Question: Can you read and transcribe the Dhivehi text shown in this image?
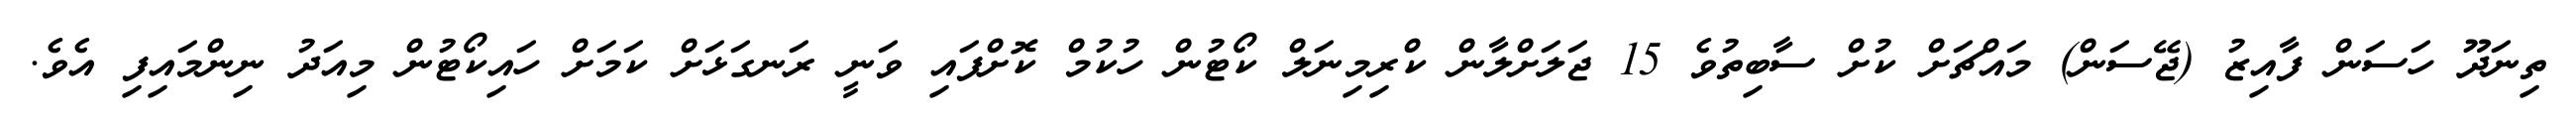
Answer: ތިނަދޫ ހަސަން ފާއިޒު (ޖޭސަން) މައްޗަށް ކުށް ސާބިތުވެ 15 ޖަލަށްލާން ކްރިމިނަލް ކޯޓުން ހުކުމް ކޮށްފައި ވަނީ ރަނގަޅަށް ކަމަށް ހައިކޯޓުން މިއަދު ނިންމައިފި އެވެ.